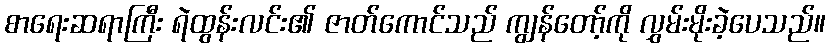
စာရေးဆရာကြီး ရဲထွန်းလင်း၏ ဇာတ်ကောင်သည် ကျွန်တော့်ကို လွှမ်းမိုးခဲ့ပေသည်။